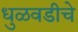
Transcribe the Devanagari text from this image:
धुळवडीचे